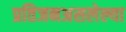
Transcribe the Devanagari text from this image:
प्रतिजनअसलेल्या